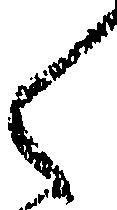
く